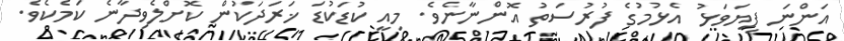
އަންނަ ފިޔަވަޅު އެޅުމުގެ ފުރުސަތު އޮންނާނެެވެ. މިއީ ކުޑަކުޑަ ޚަރަދަކުން ކޮށްލެވިދާނެ ކަމެކެވެ.